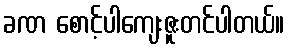
ခဏ စောင့်ပါကျေးဇူးတင်ပါတယ်။